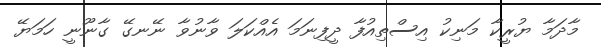
މާދަމާ ޔުރީކާ މަނިކު އިސްތިއުފާ ދީފިނަމަ އެއްކަލަ ވާނުވާ ނޭނގޭ ގާނޫނީ ހަމަޔޭ